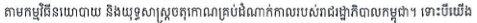
តាមកម្មវិធីនយោបាយ និងយុទ្ធសាស្រ្តចតុកោណគ្រប់ដំណាក់កាលរបស់រាជរដ្ឋាភិបាលកម្ពុជា។ ទោះបីយើង